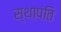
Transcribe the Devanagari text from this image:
स्‍थापति